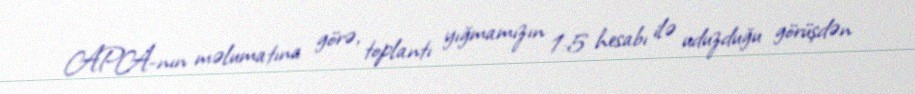
APA-nın məlumatına görə, toplantı yığmamızın 1:5 hesabı ilə uduzduğu görüşdən